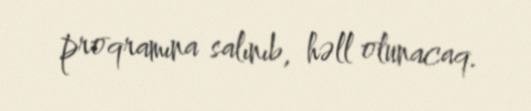
proqramına salınıb, həll olunacaq.